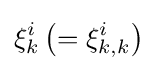
\xi _{k}^{i}\left(={\xi }_{k,k}^{i}\right)